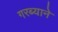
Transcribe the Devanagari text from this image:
गरब्याने